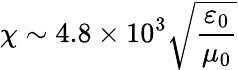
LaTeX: \chi\sim 4.8\times 10^{3}\sqrt{\frac{\varepsilon_{0}}{\mu_{0}}}